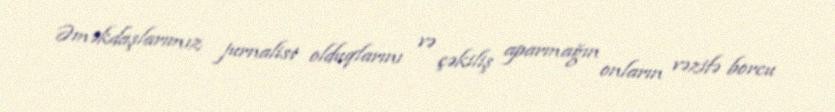
Əməkdaşlarımız jurnalist olduqlarını və çəkiliş aparmağın onların vəzifə borcu